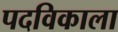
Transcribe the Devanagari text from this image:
पदविकाला